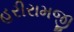
હરીરામજી